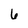
Character: 6